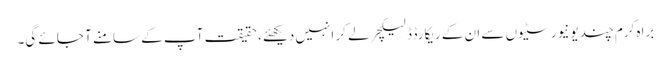
براہ کرم چند یونیورسٹیوں سے ان کے ریکارڈڈ لیکچر لے کر انہیں دیکھئے، حقیقت آپ کے سامنے آ جائے گی۔